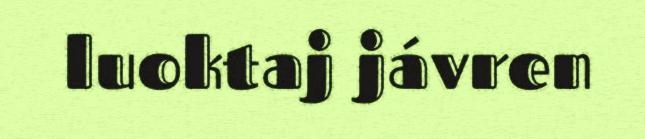
luoktaj jávren